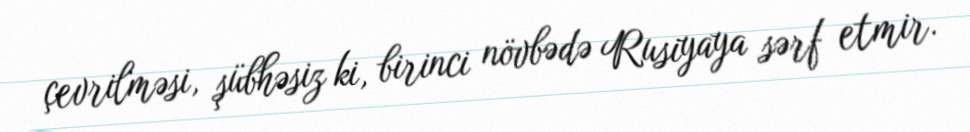
çevrilməsi, şübhəsiz ki, birinci növbədə Rusiyaya sərf etmir.